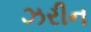
ઝરીન